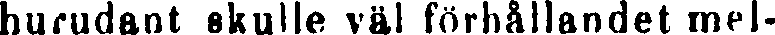
hurudant skulle väl förhållandet mel-